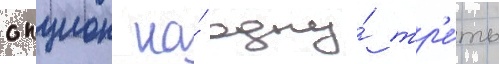
опцион на́ одну́ тр'е́ть